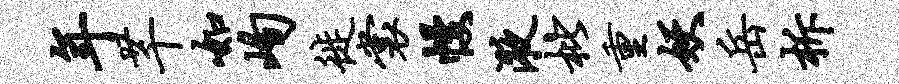
年芊如峋徙裳幔液枇重妖岳柝